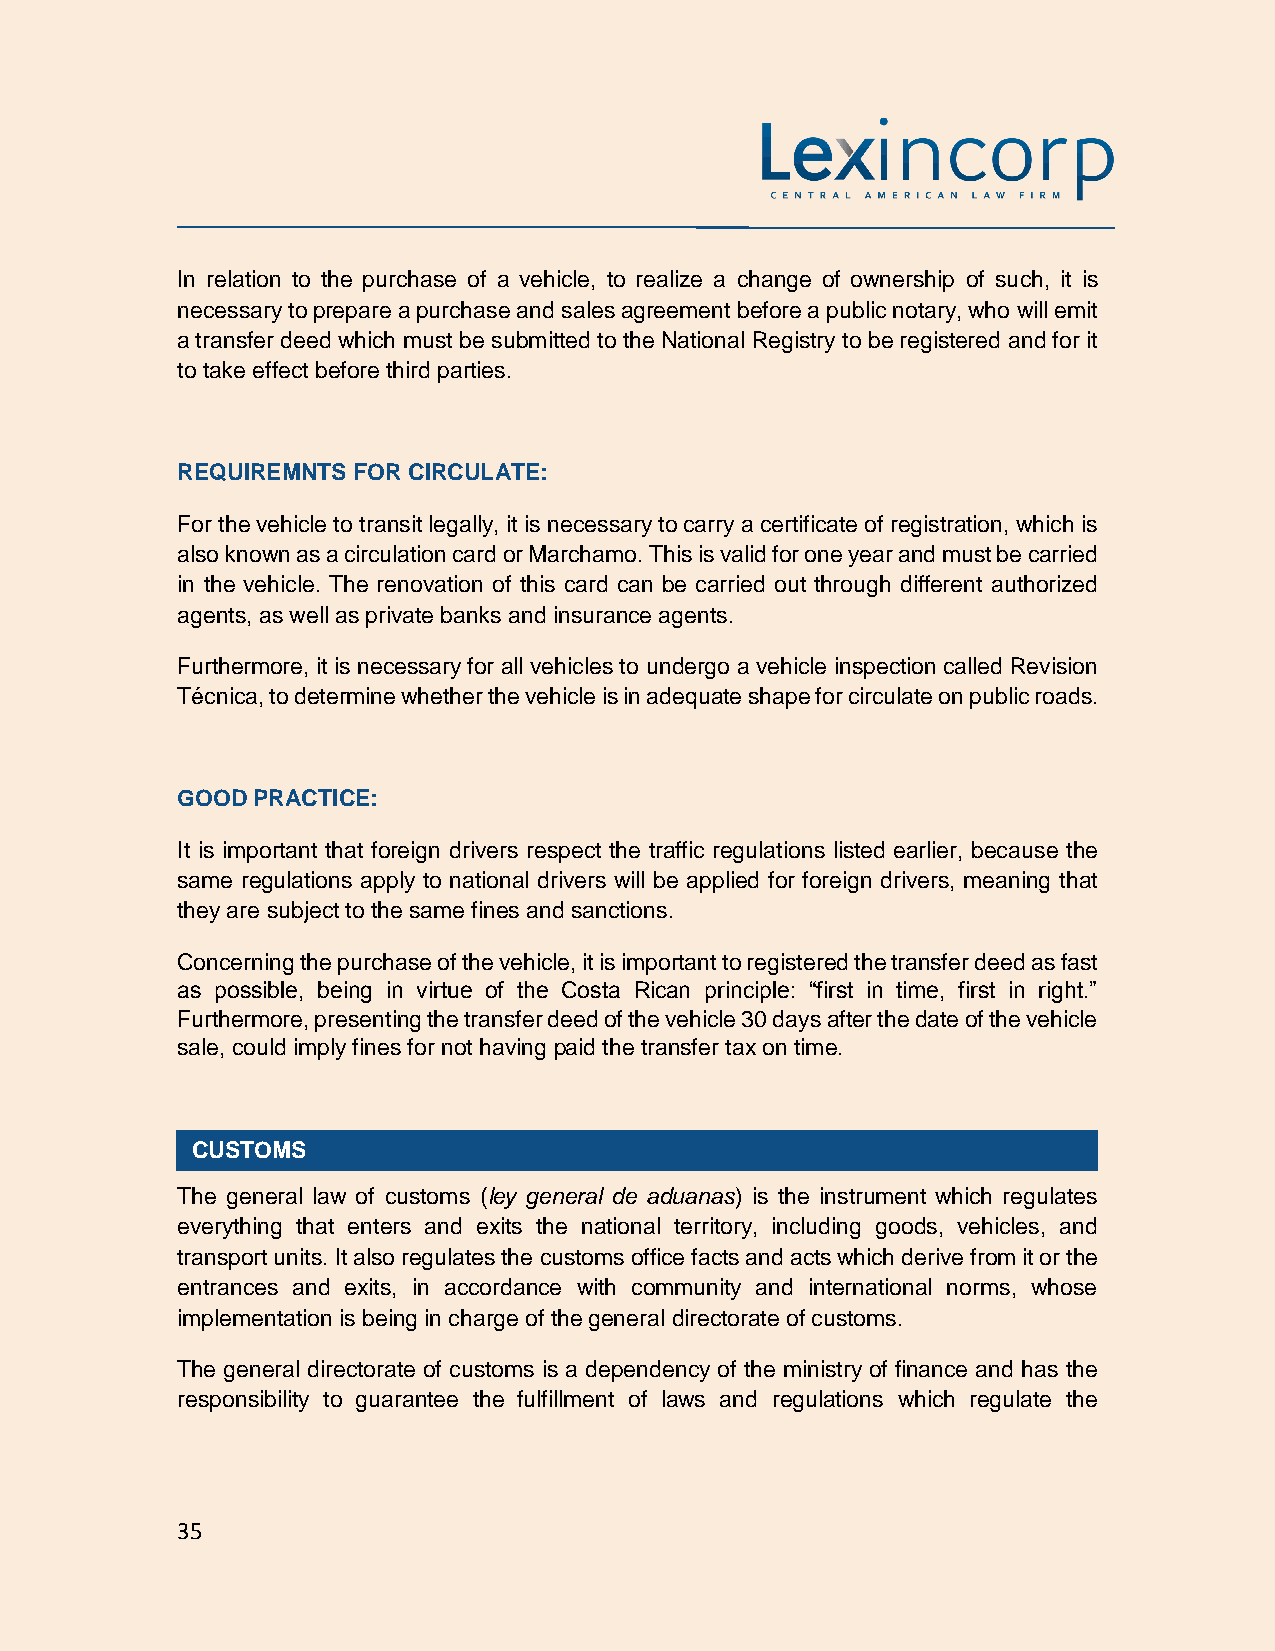
In relation to the purchase of a vehicle, to realize a change of ownership of such, it is
 necessary to prepare a purchase and sales agreement before a public notary, who will emit
 a transfer deed which must be submitted to the National Registry to be registered and for it
 to take effect before third parties.
 REQUIREMNTS FOR CIRCULATE:
 For the vehicle to transit legally, it is necessary to carry a certificate of registration, which is
 also known as a circulation card or Marchamo. This is valid for one year and must be carried
 in the vehicle. The renovation of this card can be carried out through different authorized
 agents, as well as private banks and insurance agents.
 Furthermore, it is necessary for all vehicles to undergo a vehicle inspection called Revision
 Técnica, to determine whether the vehicle is in adequate shape for circulate on public roads.
 GOOD PRACTICE:
 It is important that foreign drivers respect the traffic regulations listed earlier, because the
 same regulations apply to national drivers will be applied for foreign drivers, meaning that
 they are subject to the same fines and sanctions.
 Concerning the purchase of the vehicle, it is important to registered the transfer deed as fast
 as possible, being in virtue of the Costa Rican principle: “first in time, first in right.”
 Furthermore, presenting the transfer deed of the vehicle 30 days after the date of the vehicle
 sale, could imply fines for not having paid the transfer tax on time.
 CUSTOMS
 The general law of customs (ley general de aduanas) is the instrument which regulates
 everything that enters and exits the national territory, including goods, vehicles, and
 transport units. It also regulates the customs office facts and acts which derive from it or the
 entrances and exits, in accordance with community and international norms, whose
 implementation is being in charge of the general directorate of customs.
 The general directorate of customs is a dependency of the ministry of finance and has the
 responsibility to guarantee the fulfillment of laws and regulations which regulate the
 35